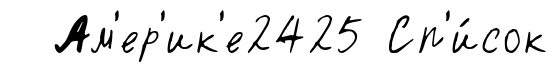
Ам'ер'ик'е2425 Сп'и́сок